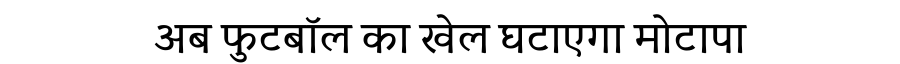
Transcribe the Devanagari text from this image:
अब फुटबॉल का खेल घटाएगा मोटापा